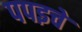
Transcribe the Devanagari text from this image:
पपइचे